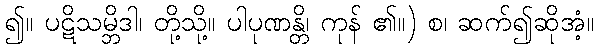
၍။ ပဋိသမ္ဘိဒါ၊ တို့သို့။ ပါပုဏန္တိ၊ ကုန် ၏။) စ၊ ဆက်၍ဆိုအံ့။